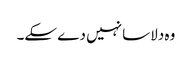
وہ دلاسا نہیں دے سکے۔